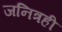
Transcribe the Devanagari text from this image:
जनित्रही